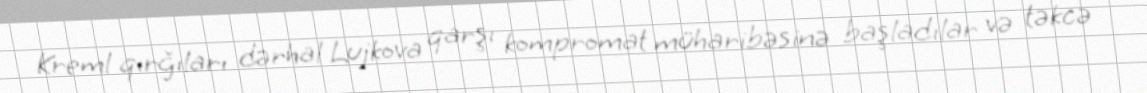
Kreml qırğıları dərhal Lujkova qarşı kompromat müharibəsinə başladılar və təkcə